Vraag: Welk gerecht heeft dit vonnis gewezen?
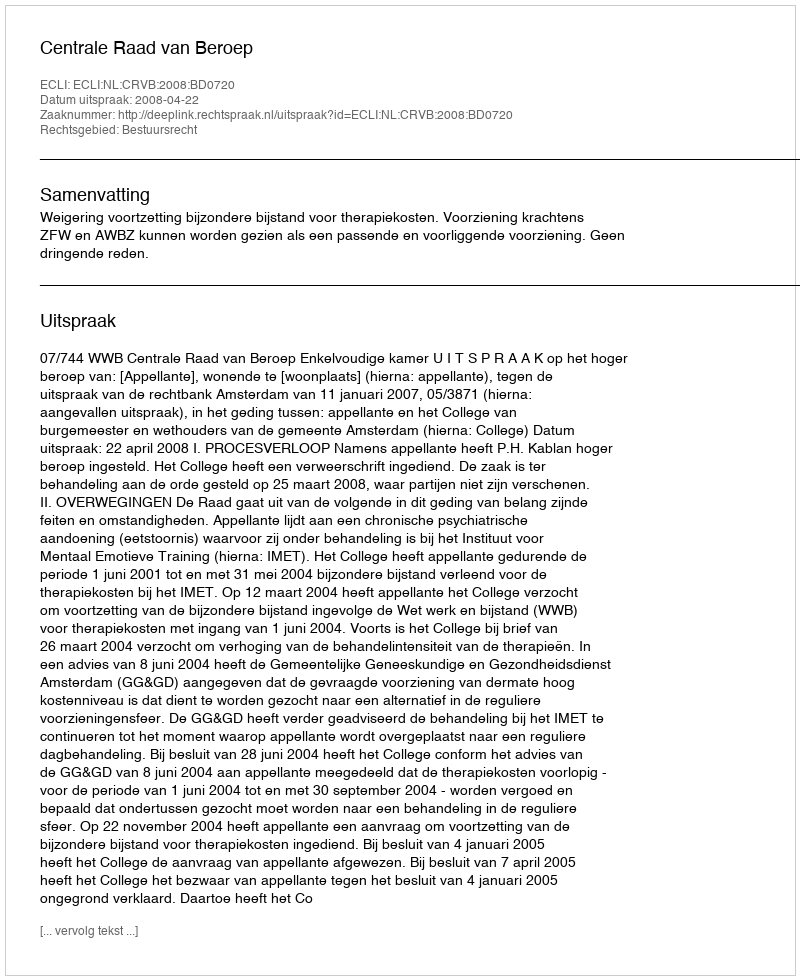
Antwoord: Centrale Raad van Beroep